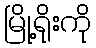
မြို့ရိုးကို